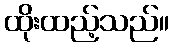
ထိုးထည့်သည်။